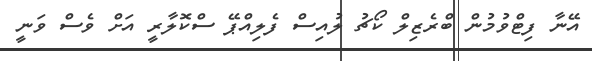
އޭނާ ފިޓްވުމުން ބްރެޒިލް ކޯޗު ލުއިސް ފެލިއްޕޭ ސްކޮލާރީ އަށް ވެސް ވަނީ